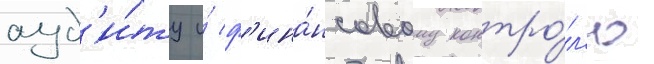
ауд'и́ту и́ ф'ина́нсовому контро́л'ю